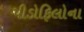
પીડોફિલોના